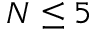
N \leq 5